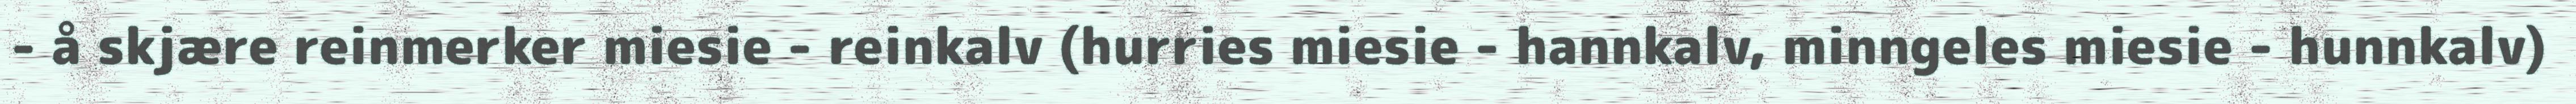
- å skjære reinmerker miesie - reinkalv (hurries miesie - hannkalv, minngeles miesie - hunnkalv)